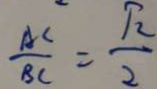
\frac { A C } { B C } = \frac { \sqrt { 2 } } { 2 }